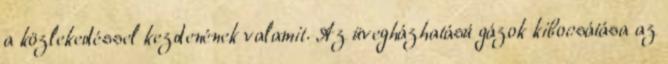
a közlekedéssel kezdenének valamit. Az üvegházhatású gázok kibocsátása az